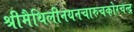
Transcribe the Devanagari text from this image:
श्रीमैथिलीनयनचारुचकोरचन्द्र